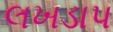
લખડાપ